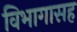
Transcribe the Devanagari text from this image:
विभागासह